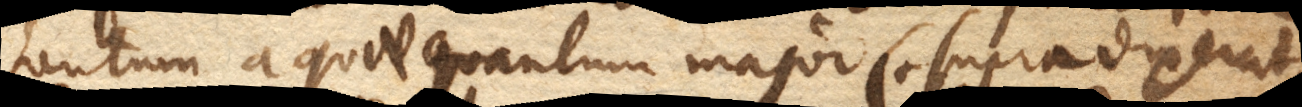
tantum aquae quantum major (+ supra dixerat: